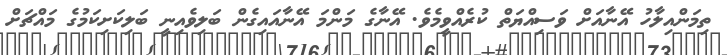
ތިމަންއިލާހު އޭނާއަށް ވަސިއްޔަތް ކުރެއްވީމެވެ. އޭނާގެ މަންމަ އޭނާއައިގެން ބަލިވެއިނީ ބަލިކަށިކަމުގެ މައްޗަށް